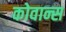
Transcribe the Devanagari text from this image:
कोवान्स